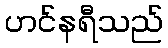
ဟင်နရီသည်